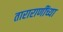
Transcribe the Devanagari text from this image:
ताराराणींच्या